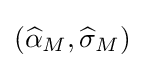
({\widehat {\alpha }}_{M},{\widehat {\sigma }}_{M})